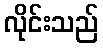
လိုင်းသည်